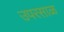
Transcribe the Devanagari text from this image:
उपरसाळ